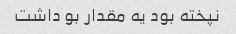
نپخته بود یه مقدار بو داشت